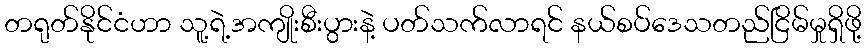
တရုတ်နိုင်ငံဟာ သူ့ရဲ့အကျိုးစီးပွားနဲ့ ပတ်သက်လာရင် နယ်စပ်ဒေသတည်ငြိမ်မှုရှိဖို့